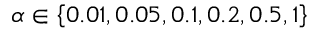
\alpha \in \left\{ 0 . 0 1 , 0 . 0 5 , 0 . 1 , 0 . 2 , 0 . 5 , 1 \right\}